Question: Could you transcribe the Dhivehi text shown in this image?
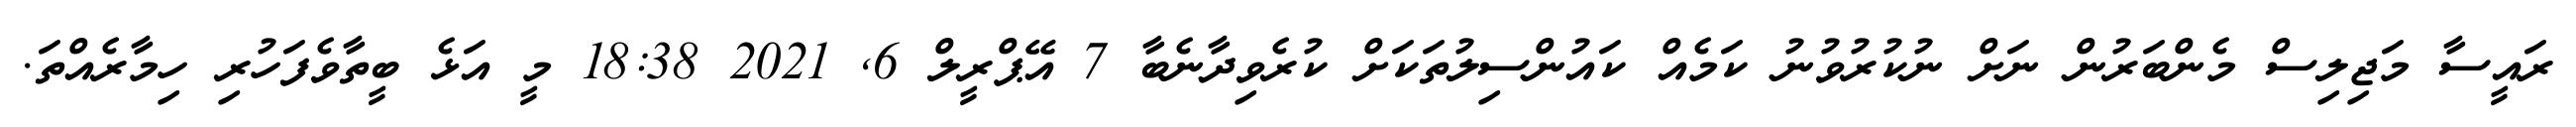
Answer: ރައީސާ މަޖިލިސް މެންބަރުން ނަށް ނުކުރުވުނު ކަމެއް ކައުންސިލުތަކަށް ކުރެވިދާނެބާ 7 އޭޕްރީލް 6, 2021 18:38 މީ އަޅެ ބީތާވެފަހުރި ހިމާރެއްތަ.